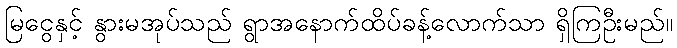
မြငွေနှင့် နွားမအုပ်သည် ရွာအနောက်ထိပ်ခန့်လောက်သာ ရှိကြဦးမည်။